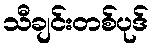
သီချင်းတစ်ပုဒ်